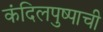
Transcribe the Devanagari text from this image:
कंदिलपुष्पाची